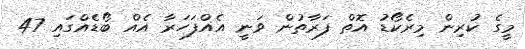
މީގެ ކުރިން މިރެކޯޑު އޮތް ފަރާތުން ވަނީ އެއްފަހަރާ އެއް ބޯޑެއްގައި 47